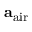
\mathbf { a } _ { \mathrm { a i r } }